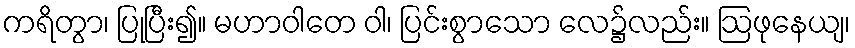
ကရိတွာ၊ ပြုပြီး၍။ မဟာဝါတေ ဝါ၊ ပြင်းစွာသော လေ၌လည်း။ ဩဖုနေယျ၊